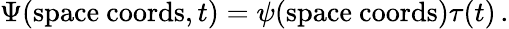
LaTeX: \Psi({\mathrm{space~coords}},t)=\psi({\mathrm{space~coords}})\tau(t)\, .